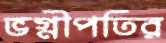
ভগ্নীপতির